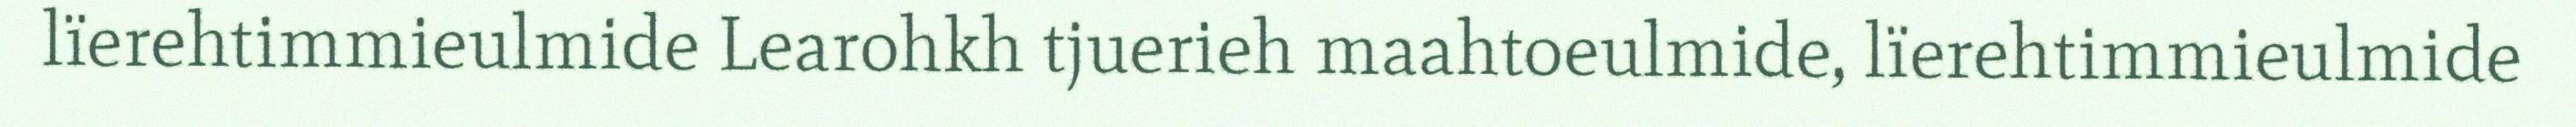
lïerehtimmieulmide Learohkh tjuerieh maahtoeulmide, lïerehtimmieulmide